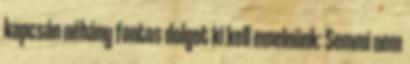
kapcsán néhány fontos dolgot ki kell emelnünk: Semmi nem